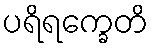
ပရိရက္ခေတိ